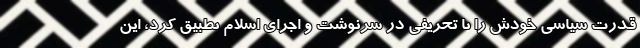
قدرت سیاسی خودش را با تحریفی در سرنوشت و اجرای اسلام تطبیق کرد، این